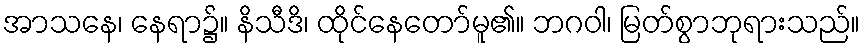
အာသနေ၊ နေရာ၌။ နိသီဒိ၊ ထိုင်နေတော်မူ၏။ ဘဂဝါ၊ မြတ်စွာဘုရားသည်။